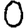
Digit: 0